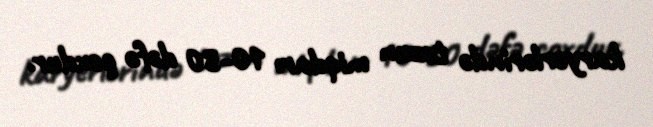
karyerlərində tozun miqdarı 10-30 dəfə çoxdur.